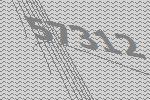
57312